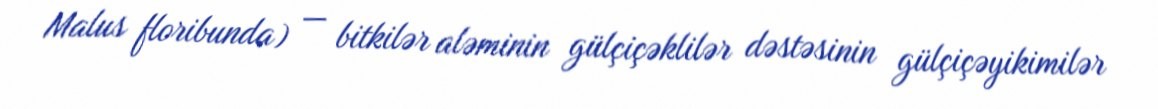
Malus floribunda) — bitkilər aləminin gülçiçəklilər dəstəsinin gülçiçəyikimilər